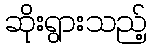
ဆိုးရွားသည့်